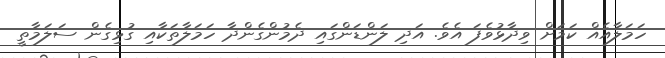
ހަމަލާއެއް ކަމަށް ވިދާޅުވެފަ އެވެ. އަދި ލަންޑަންގައި ދެމުންގެންދާ ހަމަލާތަކާއި ގުޅިގެން ސަލަމާތީ